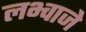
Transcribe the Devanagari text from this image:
लभ्वाजे